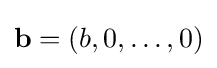
\mathbf {b} =(b,0,\ldots ,0)